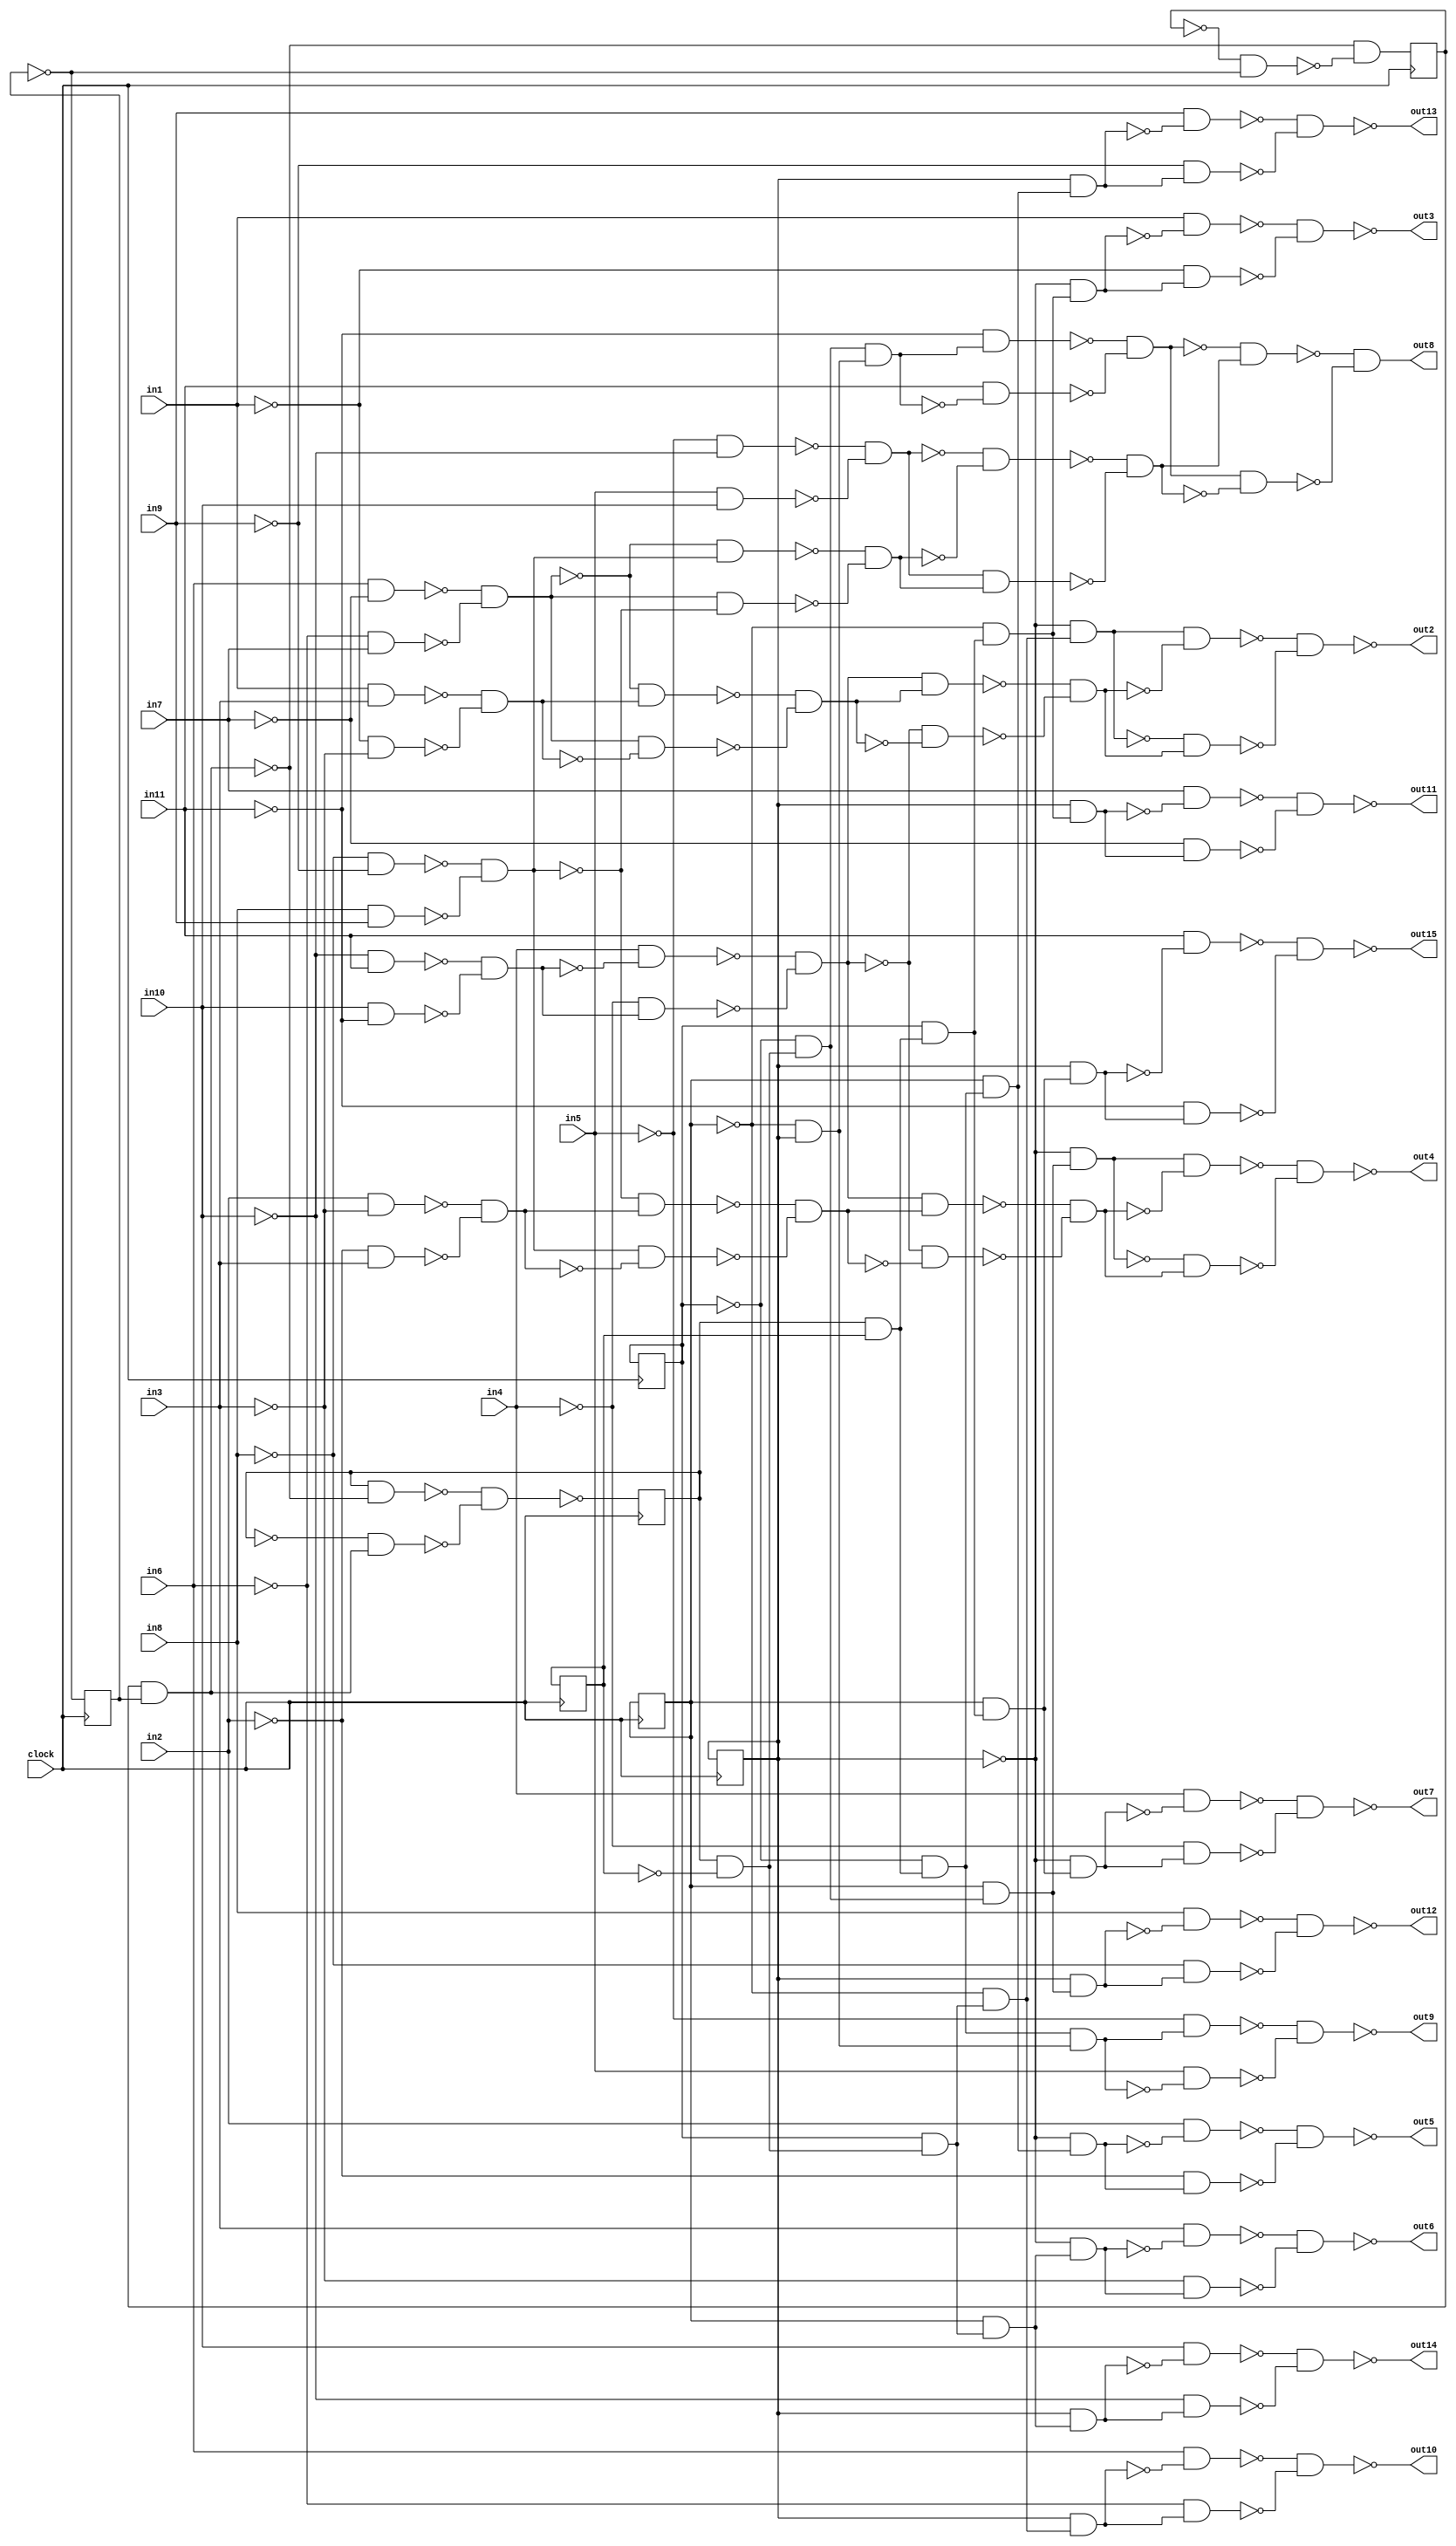
// Benchmark "hamming" written by ABC on Mon Nov 24 10:39:49 2014

module hamming ( clock, 
    in1, in2, in3, in4, in5, in6, in7, in8, in9, in10, in11,
    out2, out3, out4, out5, out6, out7, out8, out9, out10, out11, out12,
    out13, out14, out15  );
  input  clock;
  input  in1, in2, in3, in4, in5, in6, in7, in8, in9, in10, in11;
  output out2, out3, out4, out5, out6, out7, out8, out9, out10, out11, out12,
    out13, out14, out15;
  reg c2, c1, c0, r0, r1, r2, r3;
  wire n47, n48, n49, n50, n51, n52, n53, n54, n55, n56, n57, n58, n59, n60,
    n61, n62, n63, n64, n65, n66, n67, n68, n69, n70, n71, n72, n73, n74,
    n75, n76, n77, n78, n79, n80, n81, n82, n83, n84, n85, n86, n87, n88,
    n89, n90, n91, n92, n93, n94, n95, n96, n97, n98, n99, n100, n101,
    n102, n103, n104, n105, n106, n107, n108, n109, n110, n111, n112, n113,
    n114, n115, n116, n117, n118, n119, n120, n121, n122, n123, n124, n125,
    n126, n127, n128, n130, n131, n132, n133, n134, n135, n136, n137, n138,
    n139, n140, n141, n142, n143, n144, n145, n146, n147, n148, n149, n150,
    n151, n152, n153, n154, n155, n156, n157, n158, n159, n160, n161, n162,
    n52_1, n57_1, n62_1, n67_1, n72_1, n77_1, n82_1;
  assign n47 = c2 & ~r0;
  assign n48 = r1 & n47;
  assign n49 = ~r2 & n48;
  assign n50 = ~r3 & n49;
  assign n51 = ~in10 & in11;
  assign n52 = in10 & ~in11;
  assign n53 = ~n51 & ~n52;
  assign n54 = in4 & ~n53;
  assign n55 = ~in4 & n53;
  assign n56 = ~n54 & ~n55;
  assign n57 = in6 & ~in7;
  assign n58 = ~in6 & in7;
  assign n59 = ~n57 & ~n58;
  assign n60 = in1 & in3;
  assign n61 = ~in1 & ~in3;
  assign n62 = ~n60 & ~n61;
  assign n63 = ~n59 & n62;
  assign n64 = n59 & ~n62;
  assign n65 = ~n63 & ~n64;
  assign n66 = n56 & n65;
  assign n67 = ~n56 & ~n65;
  assign n68 = ~n66 & ~n67;
  assign n69 = n50 & ~n68;
  assign n70 = ~n50 & n68;
  assign n71 = ~n69 & ~n70;
  assign n72 = c2 & r0;
  assign n73 = r1 & n72;
  assign n74 = ~r2 & n73;
  assign n75 = ~r3 & n74;
  assign n76 = in1 & ~n75;
  assign n77 = ~in1 & n75;
  assign n78 = ~n76 & ~n77;
  assign n79 = ~r1 & n47;
  assign n80 = r2 & n79;
  assign n81 = ~r3 & n80;
  assign n82 = ~in8 & ~in9;
  assign n83 = in8 & in9;
  assign n84 = ~n82 & ~n83;
  assign n85 = in2 & ~in3;
  assign n86 = ~in2 & in3;
  assign n87 = ~n85 & ~n86;
  assign n88 = ~n84 & n87;
  assign n89 = n84 & ~n87;
  assign n90 = ~n88 & ~n89;
  assign n91 = n56 & n90;
  assign n92 = ~n56 & ~n90;
  assign n93 = ~n91 & ~n92;
  assign n94 = n81 & ~n93;
  assign n95 = ~n81 & n93;
  assign n96 = ~n94 & ~n95;
  assign n97 = ~r1 & n72;
  assign n98 = r2 & n97;
  assign n99 = ~r3 & n98;
  assign n100 = in2 & ~n99;
  assign n101 = ~in2 & n99;
  assign n102 = ~n100 & ~n101;
  assign n103 = r2 & n48;
  assign n104 = ~r3 & n103;
  assign n105 = in3 & ~n104;
  assign n106 = ~in3 & n104;
  assign n107 = ~n105 & ~n106;
  assign n108 = r2 & n73;
  assign n109 = ~r3 & n108;
  assign n110 = in4 & ~n109;
  assign n111 = ~in4 & n109;
  assign n112 = ~n110 & ~n111;
  assign n113 = ~r2 & r3;
  assign n114 = n79 & n113;
  assign n115 = ~in11 & n114;
  assign n116 = in11 & ~n114;
  assign n117 = ~n115 & ~n116;
  assign n118 = ~in5 & ~in10;
  assign n119 = in5 & in10;
  assign n120 = ~n118 & ~n119;
  assign n121 = ~n59 & n84;
  assign n122 = n59 & ~n84;
  assign n123 = ~n121 & ~n122;
  assign n124 = ~n120 & ~n123;
  assign n125 = n120 & n123;
  assign n126 = ~n124 & ~n125;
  assign n127 = ~n117 & n126;
  assign n128 = n117 & ~n126;
  assign out8 = ~n127 & ~n128;
  assign n130 = n97 & n113;
  assign n131 = ~in5 & n130;
  assign n132 = in5 & ~n130;
  assign n133 = ~n131 & ~n132;
  assign n134 = r3 & n49;
  assign n135 = in6 & ~n134;
  assign n136 = ~in6 & n134;
  assign n137 = ~n135 & ~n136;
  assign n138 = r3 & n74;
  assign n139 = in7 & ~n138;
  assign n140 = ~in7 & n138;
  assign n141 = ~n139 & ~n140;
  assign n142 = r3 & n80;
  assign n143 = in8 & ~n142;
  assign n144 = ~in8 & n142;
  assign n145 = ~n143 & ~n144;
  assign n146 = r3 & n98;
  assign n147 = in9 & ~n146;
  assign n148 = ~in9 & n146;
  assign n149 = ~n147 & ~n148;
  assign n150 = r3 & n103;
  assign n151 = in10 & ~n150;
  assign n152 = ~in10 & n150;
  assign n153 = ~n151 & ~n152;
  assign n154 = r3 & n108;
  assign n155 = in11 & ~n154;
  assign n156 = ~in11 & n154;
  assign n157 = ~n155 & ~n156;
  assign n158 = c1 & c0;
  assign n159 = c2 & ~n158;
  assign n160 = ~c2 & n158;
  assign n161 = ~n159 & ~n160;
  assign n162 = ~c1 & ~c0;
  assign n57_1 = ~n158 & ~n162;
  assign out2 = ~n71;
  assign out3 = ~n78;
  assign out4 = ~n96;
  assign out5 = ~n102;
  assign out6 = ~n107;
  assign out7 = ~n112;
  assign out9 = ~n133;
  assign out10 = ~n137;
  assign out11 = ~n141;
  assign out12 = ~n145;
  assign out13 = ~n149;
  assign out14 = ~n153;
  assign out15 = ~n157;
  assign n52_1 = ~n161;
  assign n62_1 = ~c0;
  assign n67_1 = r0;
  assign n72_1 = r1;
  assign n77_1 = r2;
  assign n82_1 = r3;
  always @ (posedge clock) begin
    c2 <= n52_1;
    c1 <= n57_1;
    c0 <= n62_1;
    r0 <= n67_1;
    r1 <= n72_1;
    r2 <= n77_1;
    r3 <= n82_1;
  end
endmodule